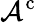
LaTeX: {\mathcal{A}}^{\mathrm{c}}